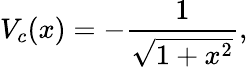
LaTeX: V_{c}(x)=-\frac{1}{\sqrt{1+x^{2}}},